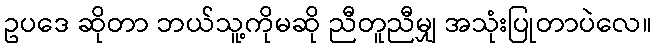
ဥပဒေ ဆိုတာ ဘယ်သူ့ကိုမဆို ညီတူညီမျှ အသုံးပြုတာပဲလေ။